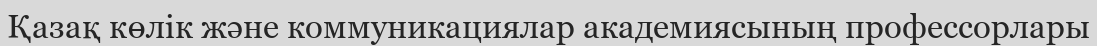
Қазақ көлік және коммуникациялар академиясының профессорлары